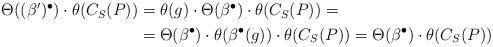
LaTeX: \begin{align*}\begin{aligned}\Theta((\beta')^{\bullet}) \cdot \theta(C_S(P)) & = \theta(g) \cdot \Theta(\beta^{\bullet}) \cdot \theta(C_S(P)) = \\ & = \Theta(\beta^{\bullet}) \cdot \theta(\beta^{\bullet}(g)) \cdot \theta(C_S(P)) = \Theta(\beta^{\bullet}) \cdot \theta(C_S(P))\end{aligned}\end{align*}